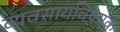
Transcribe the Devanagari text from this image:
व्यवसायविषयक